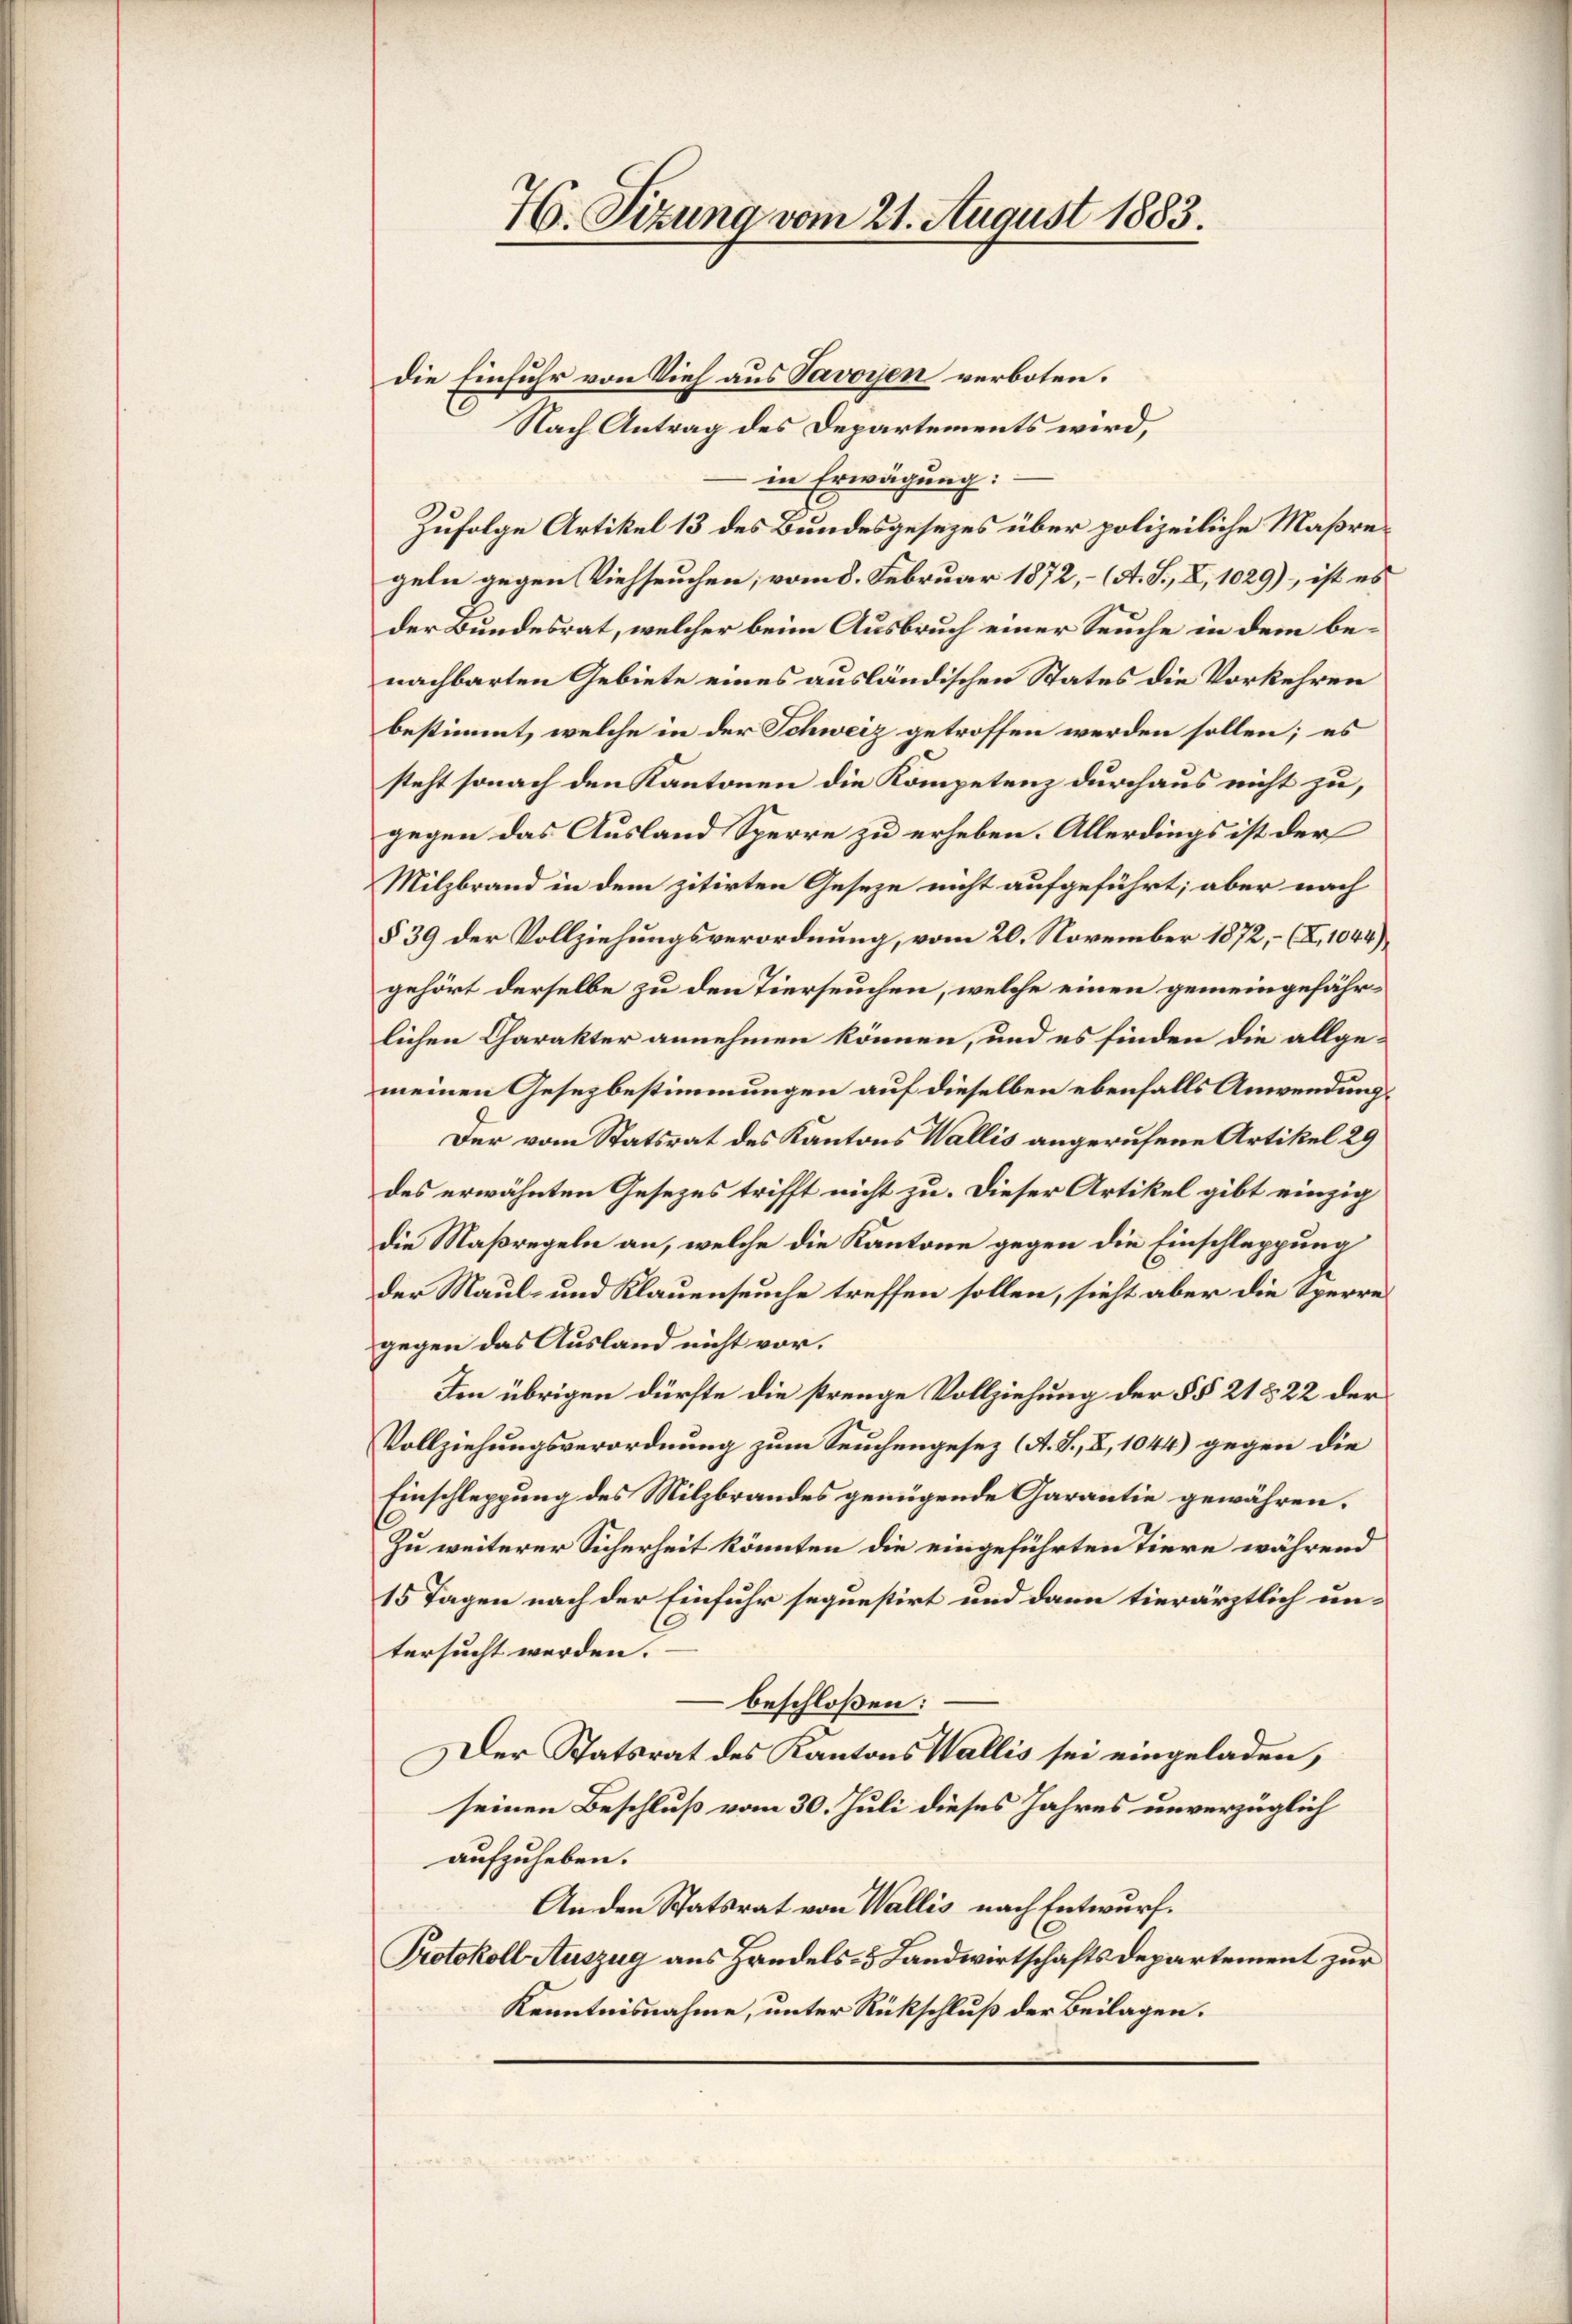
H. Sizung vom 21. August 1883.

die Einfuhr von Vieh aus Savoyen verboten.
Nach Antrag des Departements wird,
in Erwächung:
Zufolge Artikel 13 des Bundesgesezes über polizeiliche Maßregeln gegen Viehseuchen, vom 8. Februar 1872, – (A. S., X, 1029), ist es
der Bundesrat, welcher beim Ausbruch einer Seuche in dem benachbarten Gebiete eines ausländischen States die Vorkehren
bestimmt, welche in der Schweiz getroffen werden sollen; es
steht sonach den Kantonen die Kompetenz durchaus nicht zu,
gegen das Ausland Sperre zu erheben. Allerdings ist der
Milzbrand in dem zitirten Geseze nicht aufgeführt; aber nach
§ 39 der Vollziehungsverordnung, vom 20. November 1872, – (X., 1044),
gehört derselbe zu den Tierseuchen, welche einen gemeingefährlichen Charakter annehmen können, und es finden die allgemeinen Gesezbestimmungen auf dieselben ebenfalls Anwendung
Der vom Statsrat des Kantons Wallis angerufene Artikel 29
des erwähnten Gesezes trifft nicht zu. Dieser Artikel gibt einzig
die Maßregeln an, welche die Kantone gegen die Einschleppung
der Maul- und Klauenseuche treffen sollen, sieht aber die Sperre
gegen das Ausland nicht vor.
Im übrigen dürfte die strenge Vollziehung der §§ 21 & 22 der
Vollziehungsverordnung zum Seuchengesez (A. S., X, 1044) gegen die
Einschleppung des Milzbrandes genügende Garantie gewähren.
Zu weiterer Sicherheit könnten die eingeführten Tiere während
15 Tagen nach der Einfuhr sequestirt und dann tierärztlich untersucht werden.
beschloßen:
Der Statsrat des Kantons Wallis sei eingeladen,
seinen Beschluß vom 30. Juli dieses Jahres unverzüglich
aufzuheben.
An den Statsrat von Wallis nach Entwurf.
Protokoll Auszug aus Handels- & Landwirtschafts Departement zur
Kenntnisnahme, unter Rückschluß der Beilagen.